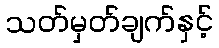
သတ်မှတ်ချက်နှင့်